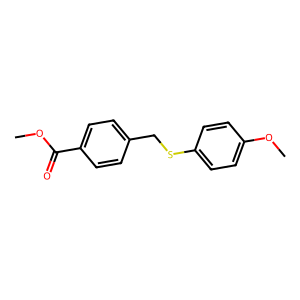
SMILES: COC(=O)c1ccc(CSc2ccc(OC)cc2)cc1
Inhibits HIV replication: No